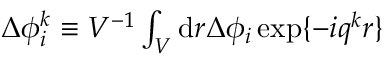
\begin{array} { r } { \Delta { \phi } _ { i } ^ { k } \equiv V ^ { - 1 } \int _ { V } \mathrm { d } \boldsymbol { r } \Delta \phi _ { i } \, \mathrm { e x p } \{ - i \boldsymbol { q } ^ { k } \boldsymbol { r } \} } \end{array}